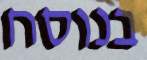
בנוסח